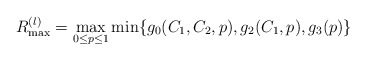
\begin{align*}R_{\max}^{(l)}&=\max_{0\leq p\leq 1}\min\{g_0(C_1,C_2,p),g_2(C_1,p),g_3(p)\}\end{align*}